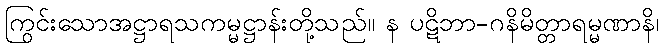
ကြွင်းသောအဋ္ဌာရသကမ္မဋ္ဌာန်းတို့သည်။ န ပဋိဘာ-ဂနိမိတ္တာရမ္မဏာနိ၊